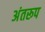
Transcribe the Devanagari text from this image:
अंतरूप